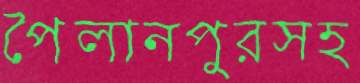
পৈলানপুরসহ